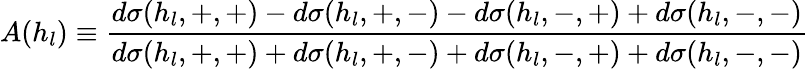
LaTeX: A(h_{l})\equiv\frac{d\sigma(h_{l},+,+)-d\sigma(h_{l},+,-)-d\sigma(h_{l},-,+)+d\sigma(h_{l},-,-)}{d\sigma(h_{l},+,+)+d\sigma(h_{l},+,-)+d\sigma(h_{l},-,+)+d\sigma(h_{l},-,-)}